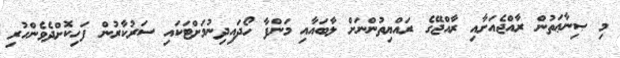
މި ޞިނާޢަތުން ރާއްޖެއަށާއި ރާއްޖޭގެ ރައްޔިތުންނަށް ލާބައާއި މަންފާ ހޯދައިދިނުމަށްޓަކައި ސަރުކާރުން ފަހިކޮށްދެވެންހުރި